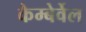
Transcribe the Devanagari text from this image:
कैम्बेर्वेल